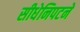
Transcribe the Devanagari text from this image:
सीधेनिपटने